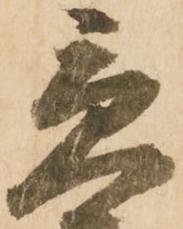
急